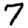
Digit: 7